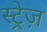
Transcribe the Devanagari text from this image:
स्ट्रेज़